Indian journal of veterinary science and animal husbandry - Volume 10,
Year: 1940
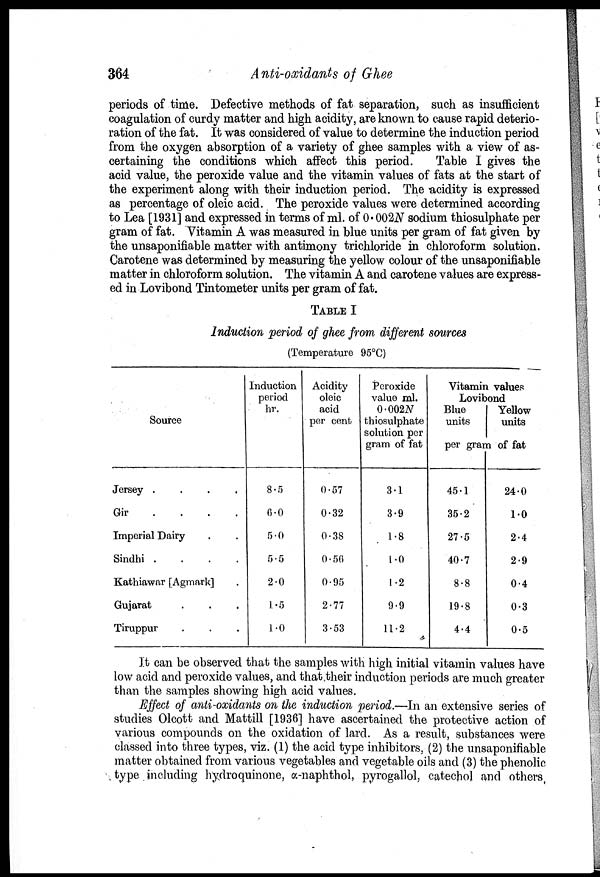
364
Anti-oxidants of Ghee
periods of time. Defective methods of fat separation, such as insufficient
coagulation of curdy matter and high acidity, are known to cause rapid deterio
ration of the fat. It was considered of value to determine the induction period
from the oxygen absorption of a variety of ghee samples with a view of as
certaining the conditions which affect this period.
Table I gives the
acid value, the peroxide value and the vitamin values of fats at the start of
the experiment along with their induction period. The acidity is expressed
as percentage of oleic acid. The peroxide values were determined according
to Lea [1931] and expressed in terms of ml. of 0. 002N sodium thiosulphate per
gram of fat. Vitamin A was measured in blue units per gram of fat given by
the unsaponifiable matter with antimony trichloride in chloroform solution.
Carotene was determined by measuring the yellow colour of the unsaponifiable
matter in chloroform solution. The vitamin A and carotene values are express
ed in Lovibond Tintometer units per gram of fat.
TABLE I
Induction period of ghee from different sources
(Temperature 95°C)
Source
Jersey
.
.
.
.
Gir
.
.
.
.
Imperial Dairy . .
Sindhi
.
.
.
.
Kathiawar [Agmark] .
Gujarat . . .
Tiruppur . . .
Induction
period
hr.
8.5
6.0
5.0
5.5
2.0
1.5
1.0
Acidity
olcic
acid
per cent
0.57
0.32
0.38
0.56
0.95
2.77
3.53
Peroxide
value ml.
0.002N
thiosulphate
solution per
gram of fat
3.1
3.9
1.8
1.0
1.2
9.9
11.2
Vitamin values
Lovibond
Blue
units
Yellow
units
per gram of fat
45.1
35.2
27.5
40.7
8.8
19.8
4.4
24.0
1.0
2.4
2.9
0.4
0.3
0.5
It can be observed that the samples with high initial vitamin values have
low acid and peroxide values, and that .their induction periods are much greater
than the samples showing high acid values.
Effect of anti-oxidants on the induction period.—In an extensive series of
studies Olcott and Mattill [1936] have ascertained the protective action of
various compounds on the oxidation of lard. As a result, substances were
classed into three types, viz. (1) the acid type inhibitors, (2) the unsaponifiable
matter obtained from various vegetables and vegetable oils and (3) the phenolic
type including hydroquinone, α-naphthol, pyrogallol, catechol and others